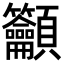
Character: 𥸤